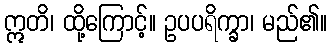
ဣတိ၊ ထို့ကြောင့်။ ဥပပရိက္ခာ၊ မည်၏။